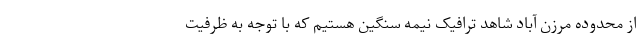
از محدوده مرزن آباد شاهد ترافیک نیمه سنگین هستیم که با توجه به ظرفیت